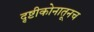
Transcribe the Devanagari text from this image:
दृष्टीकोनातूनच